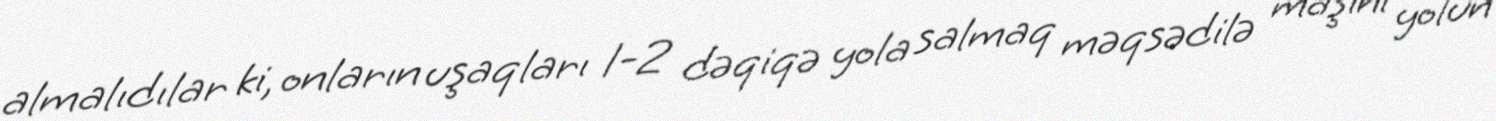
almalıdılar ki, onların uşaqları 1-2 dəqiqə yola salmaq məqsədilə maşını yolun